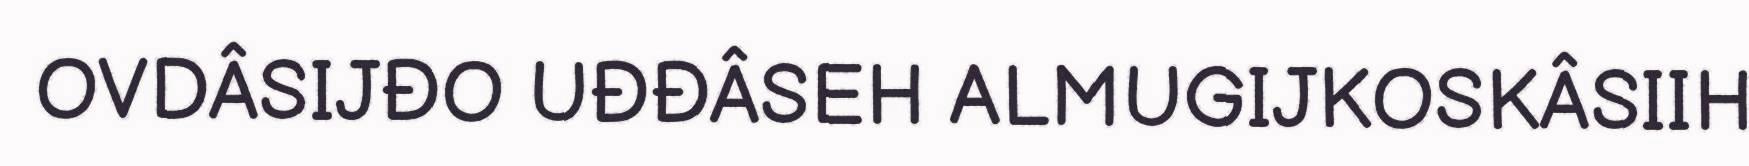
OVDÂSIJĐO UĐĐÂSEH ALMUGIJKOSKÂSIIH